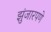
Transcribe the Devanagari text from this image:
झुंजारपणे